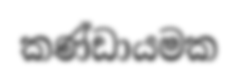
කණ්ඩායමක